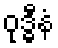
ဝုဒ္ဓီနံ